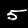
Label: 5